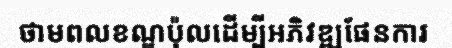
ថាមពលខណ្ឌប៉ុលដើម្បីអភិវឌ្ឍផែនការ